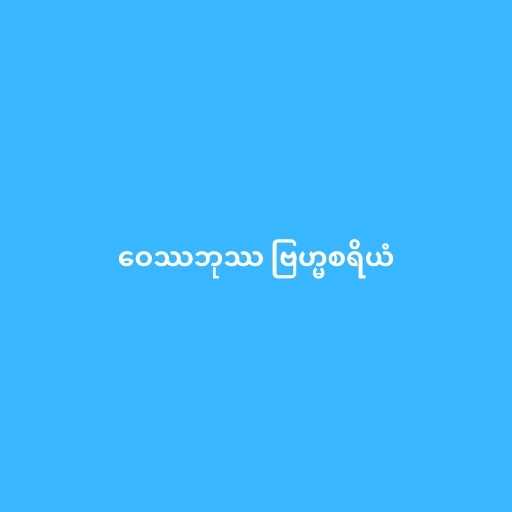
ဝေဿဘုဿ ဗြဟ္မစရိယံ